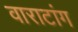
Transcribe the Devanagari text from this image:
वाराटांग